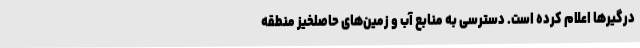
درگیر‌ها اعلام کرده است. دسترسی به منابع آب و زمین‌های حاصلخیز منطقه